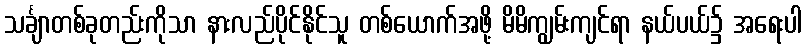
သင်္ချာတစ်ခုတည်းကိုသာ နားလည်ပိုင်နိုင်သူ တစ်ယောက်အဖို့ မိမိကျွမ်းကျင်ရာ နယ်ပယ်၌ အရေးပါ